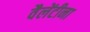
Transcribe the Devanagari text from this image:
वैलेंटीना